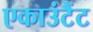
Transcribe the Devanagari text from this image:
एकाउंटैंट